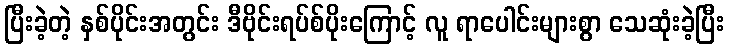
ပြီးခဲ့တဲ့ နှစ်ပိုင်းအတွင်း ဒီဗိုင်းရပ်စ်ပိုးကြောင့် လူ ရာပေါင်းများစွာ သေဆုံးခဲ့ပြီး